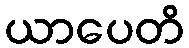
ယာပေတိ